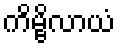
ကိမ္ဗိလာယံ